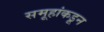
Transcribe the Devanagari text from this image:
समूहांकडून